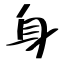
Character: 身